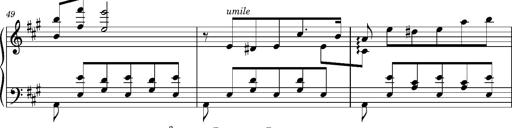
Title: Cavatine de Robert le Diable
Composer: Franz Liszt
Key: F-sharp minor